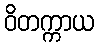
ဝိတက္ကာယ